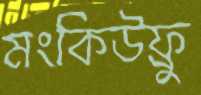
মংকিউফ্রু